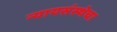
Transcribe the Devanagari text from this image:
न्यायसंस्थेचा